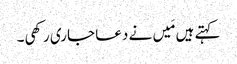
کہتے ہیں مَیں نے دعا جاری رکھی۔